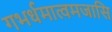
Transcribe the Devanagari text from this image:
गभर्धमात्वमजासि